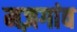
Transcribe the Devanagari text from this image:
मज़गांव